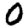
Digit: 0